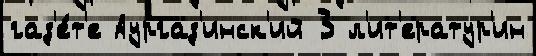
газ'е́т'е Аургаз'инск'ий 3 л'ит'ератур'ин